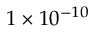
1 \times 1 0 ^ { - 1 0 }